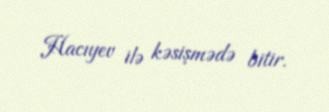
Hacıyev ilə kəsişmədə bitir.